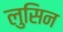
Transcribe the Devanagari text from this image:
लुसिन